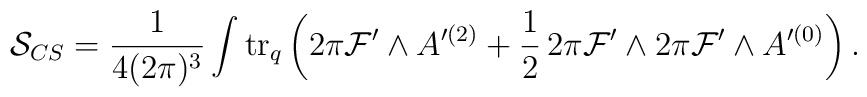
{\cal S}_{CS}= \frac{1}{4(2\pi)^{3}}\int {\rm tr}_{q} \left(2\pi{\cal F}' \wedge A'^{(2)}+ \frac{1}{2}\, 2\pi {\cal F}' \wedge 2\pi {\cal F}'\wedge A'^{(0)}\right).